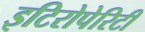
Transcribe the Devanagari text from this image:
इटिरोपेरिटी